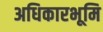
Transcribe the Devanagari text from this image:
अधिकारभूमि